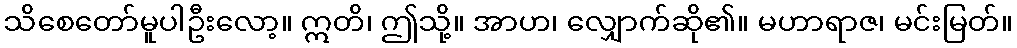
သိစေတော်မူပါဦးလော့။ ဣတိ၊ ဤသို့။ အာဟ၊ လျှောက်ဆို၏။ မဟာရာဇ၊ မင်းမြတ်။